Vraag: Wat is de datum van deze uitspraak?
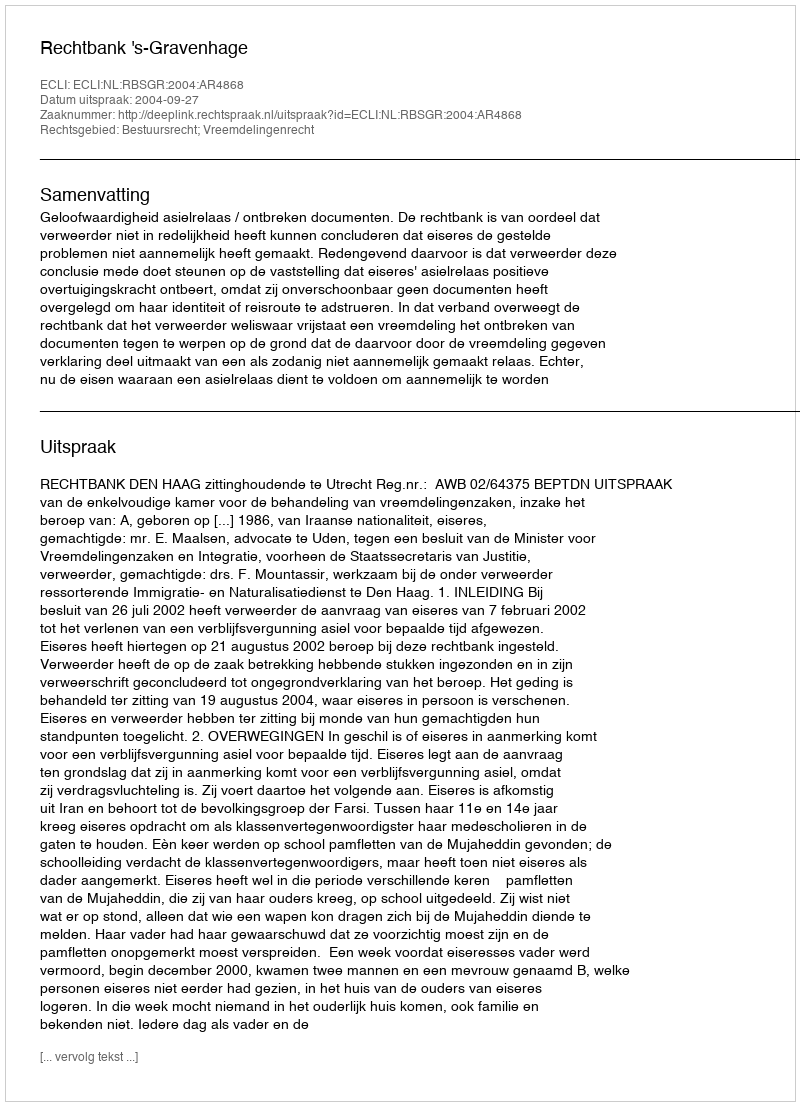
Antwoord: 2004-09-27